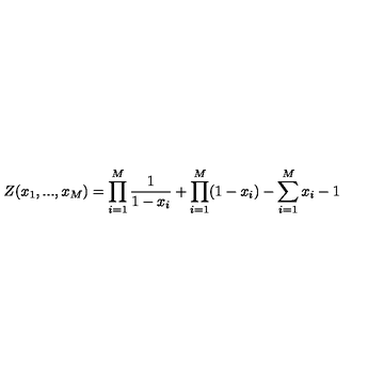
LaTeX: Z ( x _ { 1 } , . . . , x _ { M } ) = \prod _ { i = 1 } ^ { M } \frac { 1 } { 1 - x _ { i } } + \prod _ { i = 1 } ^ { M } ( 1 - x _ { i } ) - \sum _ { i = 1 } ^ { M } x _ { i } - 1